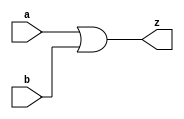
module oor(output z, input a, input b);

	assign z =  a | b;
endmodule